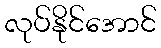
လုပ်နိုင်အောင်